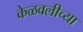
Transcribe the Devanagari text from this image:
केळवलीच्या